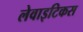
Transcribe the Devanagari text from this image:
लेवाइटिकस